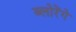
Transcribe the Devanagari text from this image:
ब्लोरेंगे